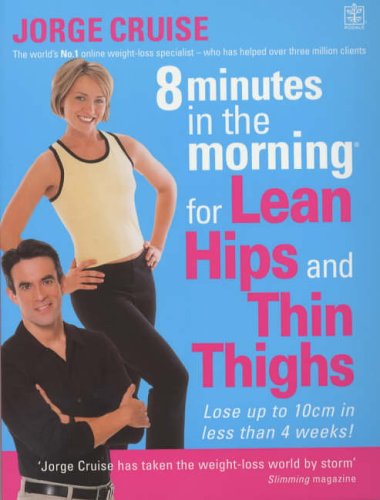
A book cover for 8 Minutes in the Morning for Lean Hips and Thin Thighs; Jorge Cruise; Health, Fitness & Dieting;